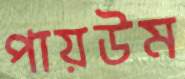
পায়উম